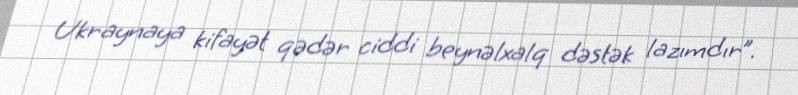
Ukraynaya kifayət qədər ciddi beynəlxalq dəstək lazımdır”.